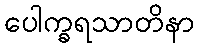
ပေါက္ခရသာတိနာ